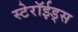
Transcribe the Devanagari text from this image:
स्टेरॉईड्स